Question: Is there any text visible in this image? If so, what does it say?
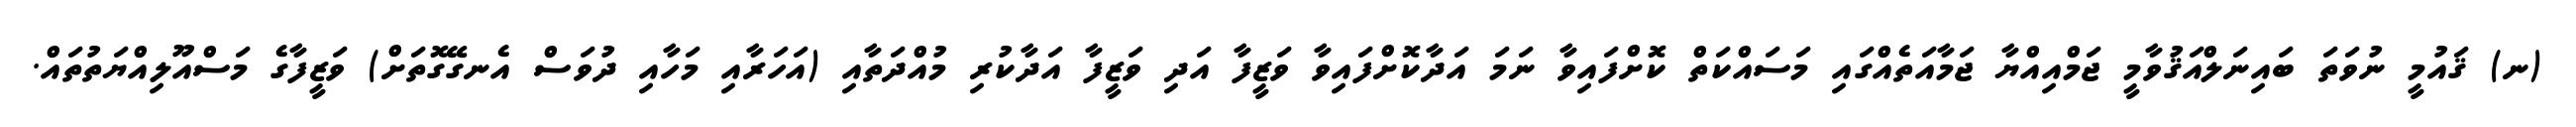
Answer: (ނ) ޤައުމީ ނުވަތަ ބައިނަލްއަޤުވާމީ ޖަމްއިއްޔާ ޖަމާއަތެއްގައި މަސައްކަތް ކޮށްފައިވާ ނަމަ އަދާކޮށްފައިވާ ވަޒީފާ އަދި ވަޒީފާ އަދާކުރި މުއްދަތާއި (އަހަރާއި މަހާއި ދުވަސް އެނގޭގޮތަށް) ވަޒީފާގެ މަސްއޫލިއްޔަތުތައް.